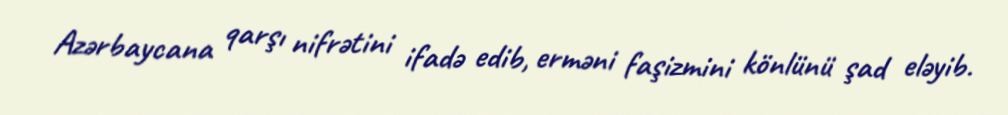
Azərbaycana qarşı nifrətini ifadə edib, erməni faşizmini könlünü şad eləyib.